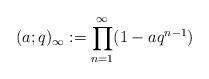
LaTeX: \begin{align*}(a;q)_\infty&:=\prod_{n=1}^\infty(1-aq^{n-1})\end{align*}